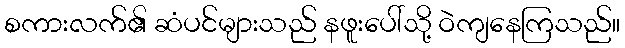
စကားလက်၏ ဆံပင်များသည် နဖူးပေါ်သို့ ဝဲကျနေကြသည်။